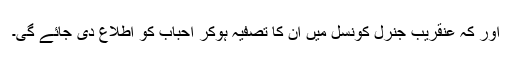
اور کہ عنقریب جنرل کونسل میں ان کا تصفیہ ہوکر احباب کو اطلاع دی جائے گی۔